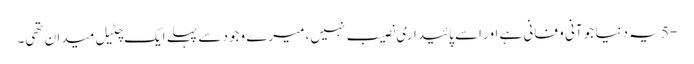
-5 یہ دنیا جو آنی و فانی ہے اور اسے پائیداری نصیب نہیں، میرے وجود سے پہلے ایک چٹیل میدان تھی۔